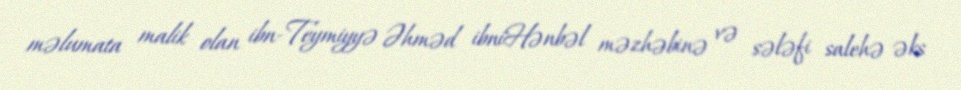
məlumata malik olan ibn-Teymiyyə Əhməd ibniHənbəl məzhəbinə və sələfi salehə əks